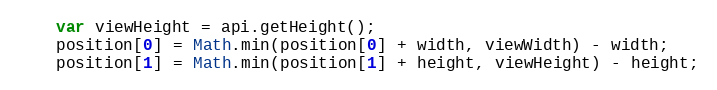
Language: JavaScript
    var viewHeight = api.getHeight();
    position[0] = Math.min(position[0] + width, viewWidth) - width;
    position[1] = Math.min(position[1] + height, viewHeight) - height;